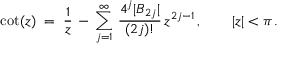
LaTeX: \cot ( z ) \; = \; \frac { 1 } { z } \, - \, \sum _ { j = 1 } ^ { \infty } \, \frac { 4 ^ { j } \vert B _ { 2 j } \vert } { ( 2 j ) ! } \, z ^ { 2 j - 1 } \, , \qquad \vert z \vert < \pi \, .